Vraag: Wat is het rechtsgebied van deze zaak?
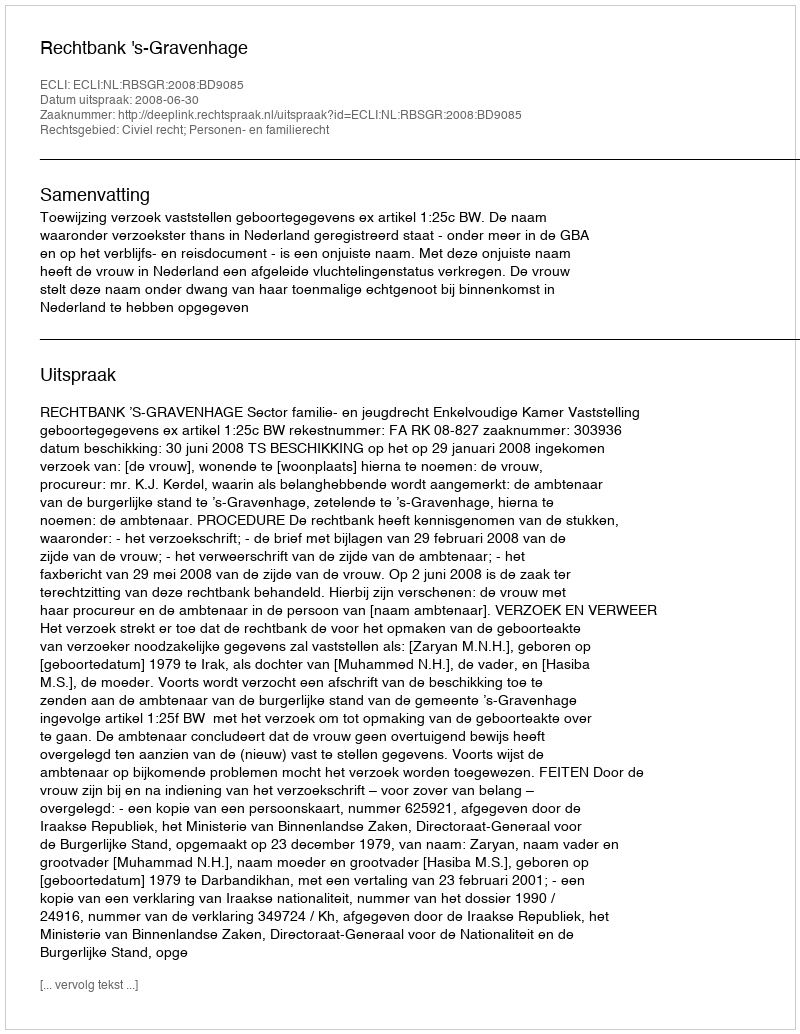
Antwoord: Civiel recht; Personen- en familierecht